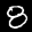
Label: 8